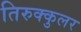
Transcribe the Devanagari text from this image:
तिरुक्कुलर